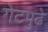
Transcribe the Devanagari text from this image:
गेटपुढे